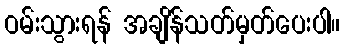
ဝမ်းသွားရန် အချိန်သတ်မှတ်ပေးပါ။